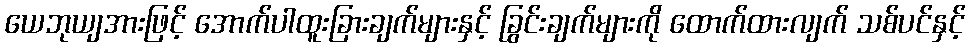
ယေဘုယျအားဖြင့် အောက်ပါထူးခြားချက်များနှင့် ခြွင်းချက်များကို ထောက်ထားလျက် သစ်ပင်နှင့်